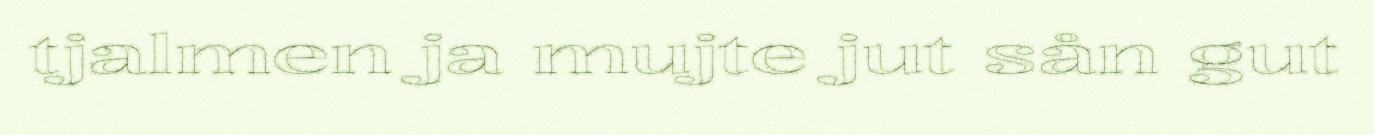
tjalmen ja mujte jut sån gut